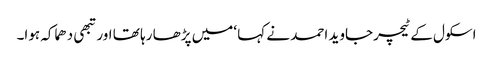
اسکول کے ٹیچرجاوید احمد نے کہا ‘میں پڑھا رہا تھا اورتبھی دھماکہ ہوا۔